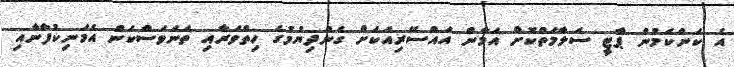
އެ ކަންކަމުން ޕާޓީ ސަލާމަތްކޮށް އަމާން އައްސޭރިއަކަށް ގެންދިޔުމުގެ ހިތްވަރާއި ތަނަވަސްކަން އެމަނިކުފާނާއި